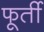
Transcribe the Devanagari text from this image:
फूर्ती